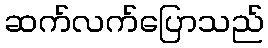
ဆက်လက်ပြောသည်